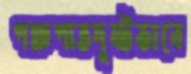
পক্ষপাতদুষ্টভাবে